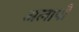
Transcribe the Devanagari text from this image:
अलापों